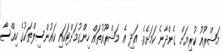
މަޝްރޫއު ކުރިޔަށް ގެންދާނެ ކަމަށެވެ. އަދި އެ މަޝްރޫއުތައް ހިންގުމަށްޓަކައި ކައުންސިލްތަކުގެ ހިއްސާ